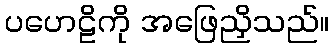
ပဟေဠိကို အဖြေညှိသည်။